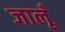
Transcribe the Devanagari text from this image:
जालूँ